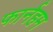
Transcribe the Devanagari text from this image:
फार्नहम